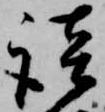
談